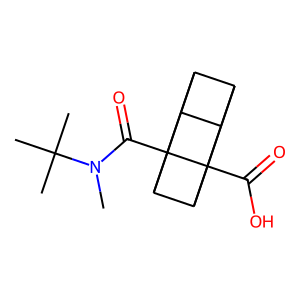
SMILES: CN(C(=O)C12C3C4C5C3C1(C(=O)O)C5C42)C(C)(C)C
Inhibits HIV replication: No